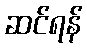
ဆင်ရန်